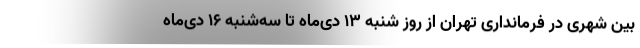
بین شهری در فرمانداری تهران از روز شنبه ۱۳ دی‌ماه تا سه‌شنبه ۱۶ دی‌ماه